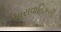
ધારાવાહિકની